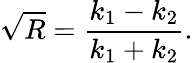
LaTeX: {\sqrt{R}}={\frac{k_{1}-k_{2}}{k_{1}+k_{2}}}.